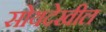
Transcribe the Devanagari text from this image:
सोयदेखील